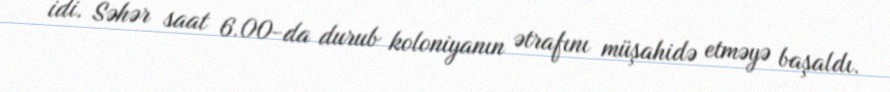
idi. Səhər saat 6.00-da durub koloniyanın ətrafını müşahidə etməyə başaldı.